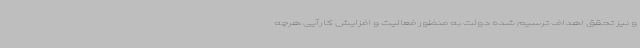
و نیز تحقق اهداف ترسیم شده دولت به منظور فعالیت و افزایش کارآیی هرچه